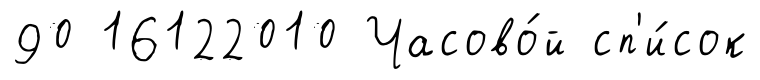
90 16122010 Часово́й сп'и́сок